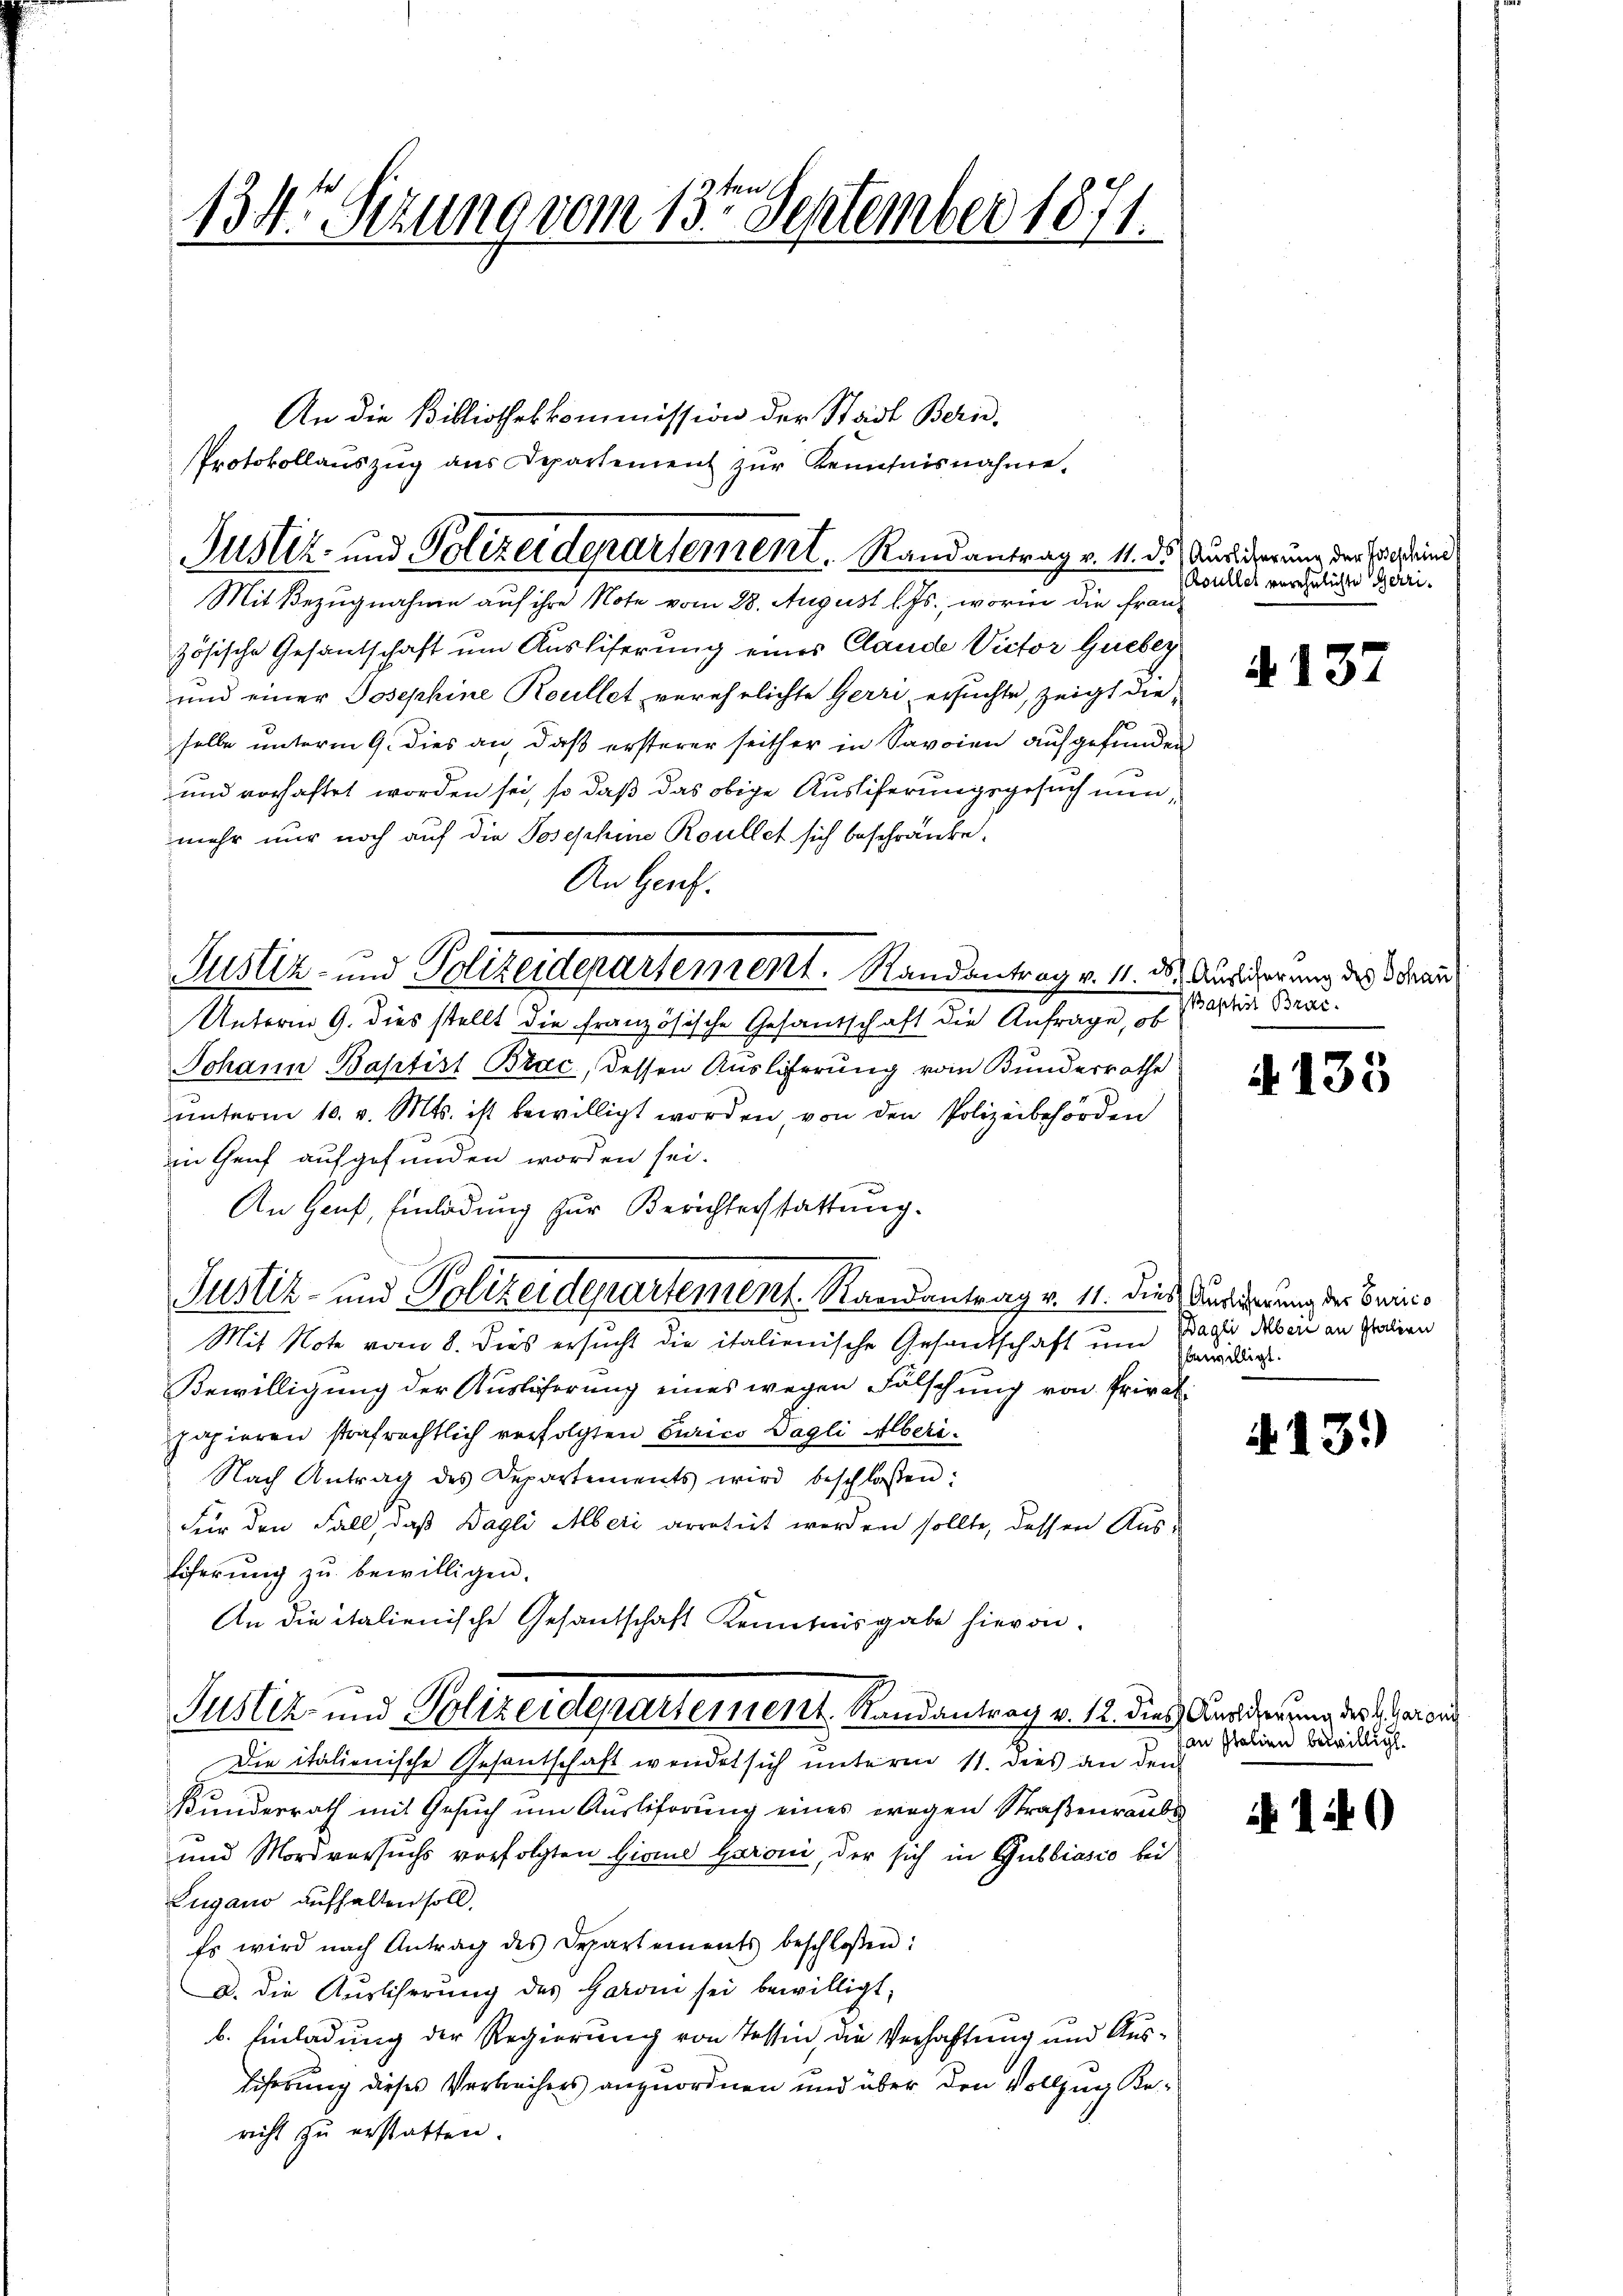
134. Sizung vom 13ten September 1871.

An die Bibliothekkommission der Stadt Bern,
Protokollauszug aus Departement zur Kenntnisnahme,
Mit Bezugnahme auf ihre Note vom 28. August l. Js., worin die Frauzösische Gesantschaft um Ausliferung eines Claude Victor Gueber
und einer Josephine Roullet verehrlichte Gerri ersuchte, zeigt dieselbe unterm 9. dies an, daß ersterer seither in Savoien aufgefunden
und vorhaftet worden sei, so daß das obige Ausliferungsgesuch nun,
mehr nur noch auf die Josephine Roullet sich beschränke,
An Genf.
Johann Baptist Brac, dessen Ausliferung vom Bunderrathe
unterm 10. v. Mts. ist bewilligt worden, von den Polizeibehörden
in Genf aufgefunden worden sei.
An Hanf, Einladung zur Berichterstattung.
Justiz- und Polizeidepartement. Randantrag v. 11. dies Ausderung der Beric¬
Mit Note vom 8. dies ersucht die italienische Gesandschaft und Bagii dabei an Grodien
Bewilligung der Auslöserung eines wegen Fälschung von Privatpapieren strafrechtlich verfolgten Curico Dagli Alberi¬
Nach Antrag des Departements wird beschloßen:
Für den Fall, daß Bagli Alberi arretirt werden sollte, dessen Aus¬
Eiferŭng zŭ bewilligen.
An die italienische Gesantschaft Kenntnisgabe hievon
Justiz- und Polizeidepartement Randantrag v. 12. dies Karderung des R. Garant
Die italienische Gesantschaft wendet sich unterm 11. dies an den
Kundesrath mit Gesuch um Auslieferung eines wegen Straßenraube
und Mordversuchs verfolgten Hirme Baroni, der sich in Gubbiasio bei
Eugano aufhalten soll.
Es wird nach Antrag des Departements beschloßen:
a. die Auslicherung des Garoni sei bewilligt,
b. Einladung der Regierung von Tessin, die Verhaftung und Aus¬
Eiferung dieses Verbrechens anzuordnen und über den Vollzug Kericht zu erstatten.

Justiz- und Polizeidepartement. Randantrag v. 11. ds Audierung der sich eine

Justiz- und Polizeidepartement. Randantrag v. 11. 28. Auslicherung des Trau
Unterm 9. dies stellt die französische Gesandschaft die Anfrage, ob

Roullet verehelichte Gerri¬

A 137

Baptist Brac

4135

bewilligt.

13.)

an Italien bewilligt.

i 10